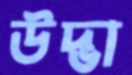
উদ্ভা